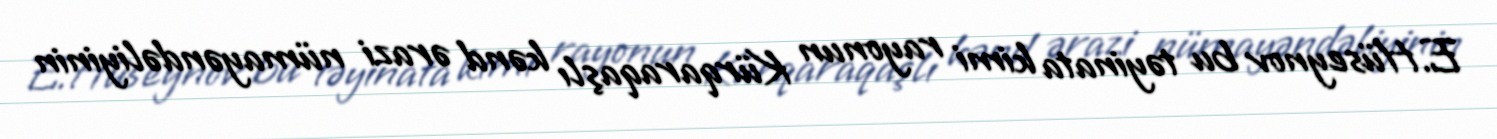
E.Hüseynov bu təyinata kimi rayonun Kürqaraqaşlı kənd ərazi nümayəndəliyinin